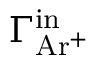
\Gamma _ { \mathrm { A r ^ { + } } } ^ { \mathrm { i n } }